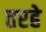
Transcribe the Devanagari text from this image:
तरहे